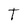
Character: T